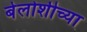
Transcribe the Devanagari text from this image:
बेलोशीच्या